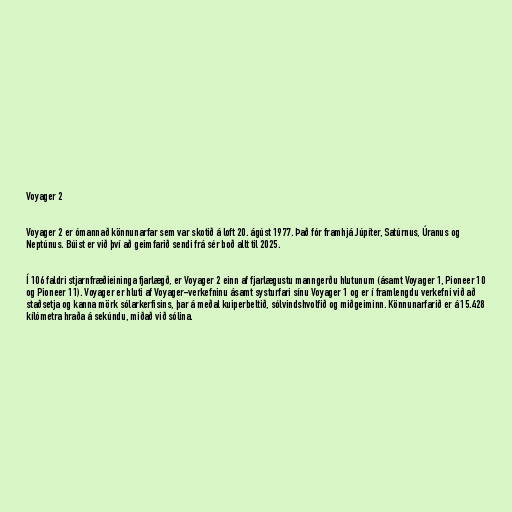
Voyager 2

Voyager 2 er ómannað könnunarfar sem var skotið á loft 20. ágúst 1977. Það fór framhjá Júpíter, Satúrnus, Úranus og
Neptúnus. Búist er við því að geimfarið sendi frá sér boð allt til 2025.

Í 106 faldri stjarnfræðieininga fjarlægð, er Voyager 2 einn af fjarlægustu manngerðu hlutunum (ásamt Voyager 1, Pioneer 10
og Pioneer 11). Voyager er hluti af Voyager-verkefninu ásamt systurfari sínu Voyager 1 og er í framlengdu verkefni við að
staðsetja og kanna mörk sólarkerfisins, þar á meðal kuiperbeltið, sólvindshvolfið og miðgeiminn. Könnunarfarið er á 15.428
kílómetra hraða á sekúndu, miðað við sólina.